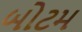
બોટમ